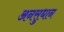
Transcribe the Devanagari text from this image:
अनसुधान